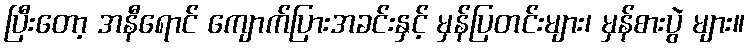
ပြီးတော့ အနီရောင် ကျောက်ပြားအခင်းနှင့် မှန်ပြတင်းများ၊ မှန်စားပွဲ များ။